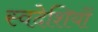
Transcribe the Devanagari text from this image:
स्वदेशियों